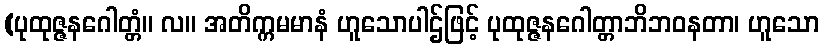
(ပုထုဇ္ဇနဂေါတ္တံ။ လ။ အတိက္ကမမာနံ ဟူသောပါဌ်ဖြင့် ပုထုဇ္ဇနဂေါတ္တာဘိဘဝနတာ၊ ဟူသော